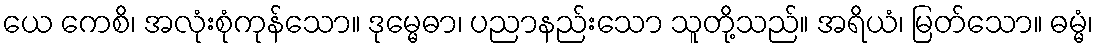
ယေ ကေစိ၊ အလုံးစုံကုန်သော။ ဒုမ္မေဓာ၊ ပညာနည်းသော သူတို့သည်။ အရိယံ၊ မြတ်သော။ ဓမ္မံ၊